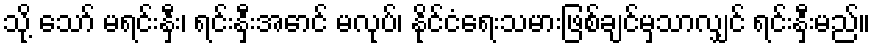
သို့ သော် မရင်းနှီး၊ ရင်းနှီးအောင် မလုပ်၊ နိုင်ငံရေးသမားဖြစ်ချင်မှသာလျှင် ရင်းနှီးမည်။